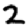
Digit: 2